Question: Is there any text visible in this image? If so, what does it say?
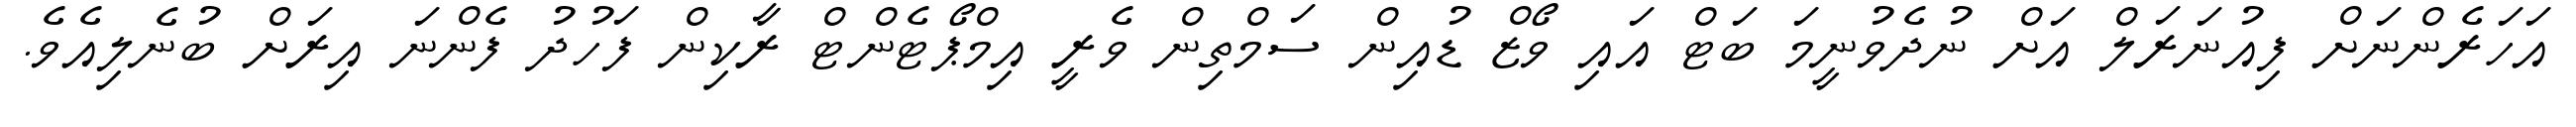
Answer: އަހަރެންނަށް ފިއުނަރަލް އަށް ނުދެވުނީމަ ބަޓް އައި ވޯޒް ޑުއިން ސަމްތިން ވެރީ އިމްޕޯޓެންޓް ރާކިން ފަހުދު ފެންނަ އިރަށް ބުނެލިއެވެ.